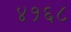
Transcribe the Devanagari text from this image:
४१६८